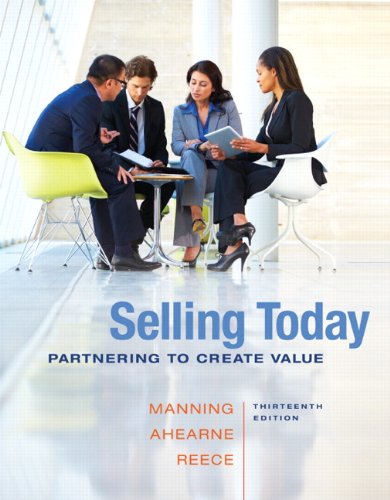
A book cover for Selling Today: Partnering to Create Value (13th Edition); Gerald L. Manning; Business & Money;